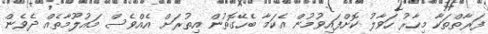
ފަރާތްތަކާ މިހާރު ހަވާލު ކޮށްފައިވުމުން އެކަމާ ބެހޭގޮތުން އިތުރަށް އެއްވެސް މައުލޫމާތެއް ދެވެން